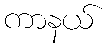
ကာနယ်